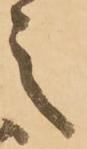
之